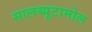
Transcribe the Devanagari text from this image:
सालब्यूटामोल